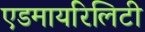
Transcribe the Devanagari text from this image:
एडमायरिलिटी